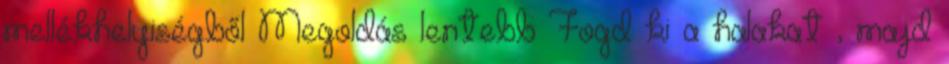
mellékhelyiségből Megoldás lentebb Fogd ki a halakat , majd